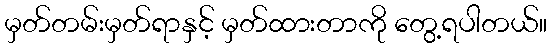
မှတ်တမ်းမှတ်ရာနှင့် မှတ်ထားတာကို တွေ့ရပါတယ်။